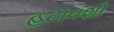
હટાવશો